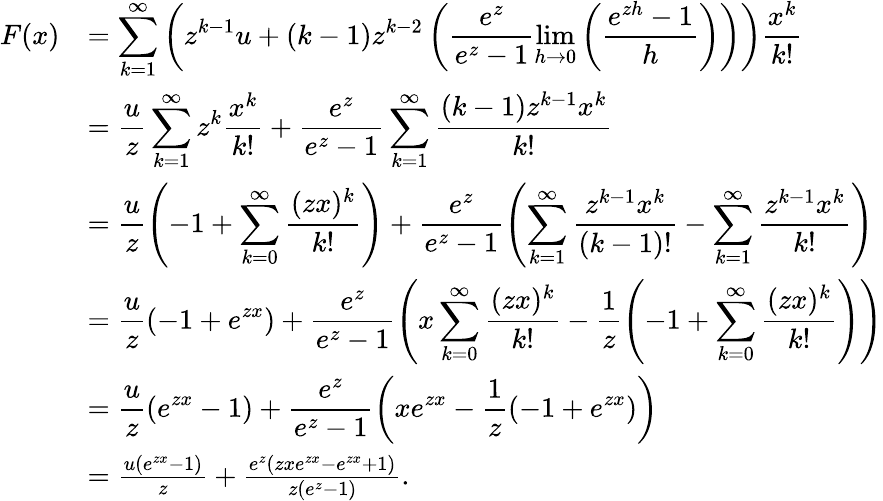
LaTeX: \begin{array}{rl}{F(x)}&{=\displaystyle\sum_{k=1}^{\infty}\left(z^{k-1}u+(k-1)z^{k-2}\left(\frac{e^{z}}{e^{z}-1}\operatorname*{lim}_{h\to 0}\left(\frac{e^{zh}-1}{h}\right)\right)\right)\frac{x^{k}}{k!}}\\ &{=\displaystyle\frac{u}{z}\sum_{k=1}^{\infty}z^{k}\frac{x^{k}}{k!}+\frac{e^{z}}{e^{z}-1}\sum_{k=1}^{\infty}\frac{(k-1)z^{k-1}x^{k}}{k!}}\\ &{=\displaystyle\frac{u}{z}\left(-1+\sum_{k=0}^{\infty}\frac{(zx)^{k}}{k!}\right)+\frac{e^{z}}{e^{z}-1}\left(\sum_{k=1}^{\infty}\frac{z^{k-1}x^{k}}{(k-1)!}-\sum_{k=1}^{\infty}\frac{z^{k-1}x^{k}}{k!}\right)}\\ &{=\displaystyle\frac{u}{z}\left(-1+e^{zx}\right)+\frac{e^{z}}{e^{z}-1}\left(x\sum_{k=0}^{\infty}\frac{(zx)^{k}}{k!}-\frac{1}{z}\left(-1+\sum_{k=0}^{\infty}\frac{(zx)^{k}}{k!}\right)\right)}\\ &{=\displaystyle\frac{u}{z}\left(e^{zx}-1\right)+\frac{e^{z}}{e^{z}-1}\left(xe^{zx}-\frac{1}{z}\left(-1+e^{zx}\right)\right)}\\ &{=\frac{u(e^{zx}-1)}{z}+\frac{e^{z}(zxe^{zx}-e^{zx}+1)}{z(e^{z}-1)}.}\end{array}